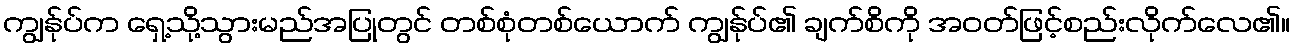
ကျွန်ုပ်က ရှေ့သို့သွားမည်အပြုတွင် တစ်စုံတစ်ယောက် ကျွန်ုပ်၏ ချက်စိကို အဝတ်ဖြင့်စည်းလိုက်လေ၏။